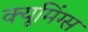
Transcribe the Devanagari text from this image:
क्यूमिंग्स